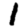
Digit: 1